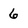
Character: 6